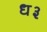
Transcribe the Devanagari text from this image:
ध३